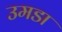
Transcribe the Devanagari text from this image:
उमडा